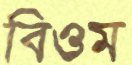
বিওম